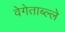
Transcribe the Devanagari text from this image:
वेगेताब्ल्ले